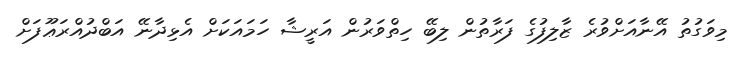
މިވަގުތު އޭނާއަށްވުރެ ޒާލިފުގެ ފަރާތުން ލިބޭ ހިތްވަރުން އަރީޝާ ހަމައަކަށް އެޅިދާނޭ އަބްދުއްރަޢޫފަށް